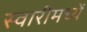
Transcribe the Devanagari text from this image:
स्वारीमध्यें